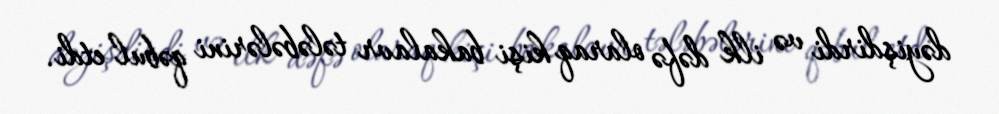
dəyişdirdi və ilk dəfə olaraq kişi bakalavr tələbələrini qəbul etdi.